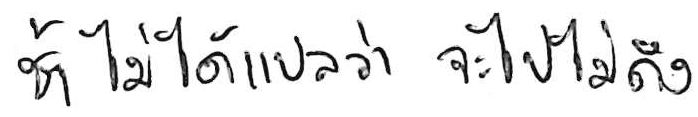
ช้า ไม่ได้แปลว่า จะไปไม่ถึง